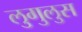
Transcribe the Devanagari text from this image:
लुगुलुस